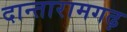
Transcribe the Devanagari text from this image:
दान्तारामगढ़